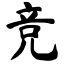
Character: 竞